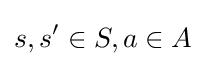
s,s'\in S,a\in A